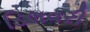
ડિલવરી